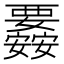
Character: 𮗉